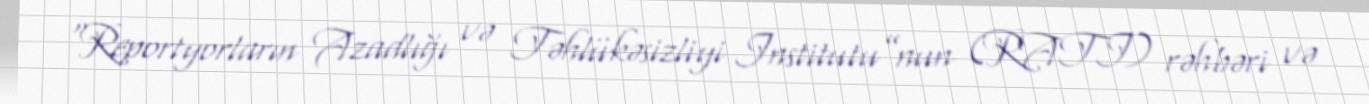
“Reportyorların Azadlığı və Təhlükəsizliyi Institutu”nun (RATI) rəhbəri və